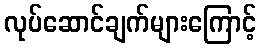
လုပ်ဆောင်ချက်များကြောင့်